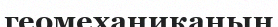
геомеханиканың